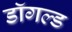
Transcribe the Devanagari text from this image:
डॉगल्ड